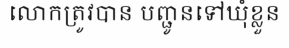
លោកត្រូវបាន បញ្ជូនទៅឃុំខ្លួន